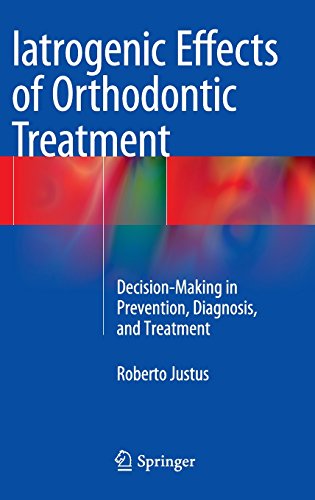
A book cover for Iatrogenic Effects of Orthodontic Treatment: Decision-Making in Prevention, Diagnosis, and Treatment; Roberto Justus; Medical Books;